Civil Veterinary Department. Central Provinces & Berar 1932-41 - 1932-1941
Year: 1932
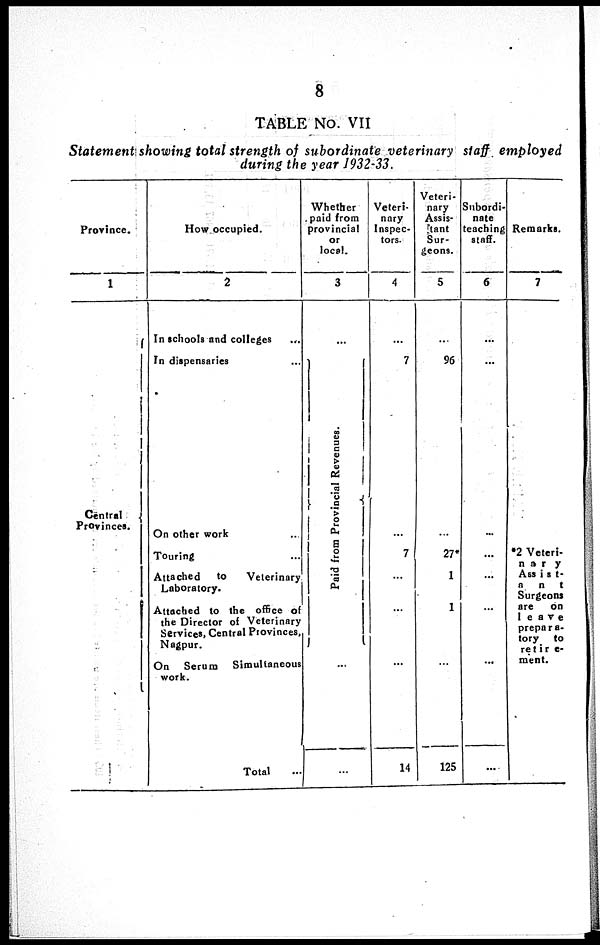
8
TABLE No. VII
Statement showing total strength of subordinate veterinary staff employed
during the year 1932-33.
Province.
1
Central
Provinces.
How occupied.
2
In schools and colleges ...
In dispensaries ...
On other work ...
Touring ...
Attached
to
Veterinary
Laboratory.
Attached to the office of
the Director of Veterinary
Services, Central Provinces,
Nagpur.
On
Serum
Simultaneous
work.
Total ...
Whether
paid from
provincial
or
local.
3
...
Pai d f r om Pr ovi nci al Re ve nue s .
...
...
Veteri-
nary
Inspec-
tors.
4
...
7
...
7
...
...
...
14
Veteri-
nary
Assis-
tant
Sur-
geons.
5
...
96
...
27*
1
1
...
125
Subordi-
nate
teaching
staff.
6
...
...
...
...
...
...
...
...
Remarks.
7
*2 Veteri-
nary
Assist-
ant
Surgeons
are
on
leave
prepara-
tory
to
retire-
ment.